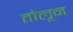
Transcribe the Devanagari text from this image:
तोलून